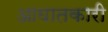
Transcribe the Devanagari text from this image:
आघातकारी